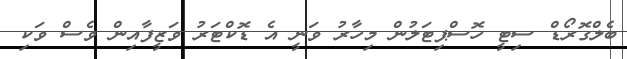
ބެލްގޮރޯޑް ސިޓީ ހޮސްޕިޓަލުން މިހާރު ވަނީ އެ ޑޮކްޓަރު ވަޒީފާއިން ވެސް ވަކި